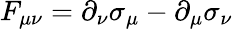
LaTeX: F_{\mu\nu}=\partial_{\nu}\sigma_{\mu}-\partial_{\mu}\sigma_{\nu}